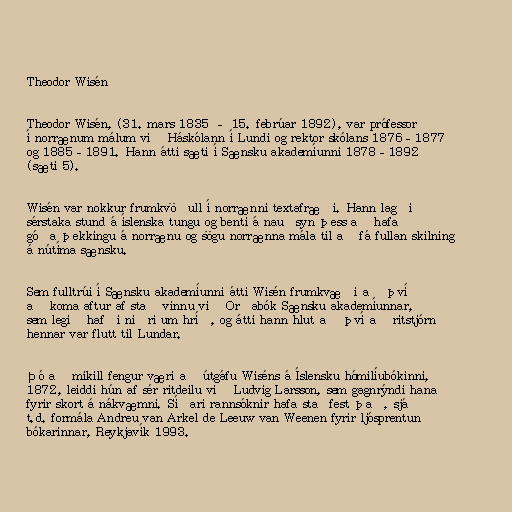
Theodor Wisén

Theodor Wisén, (31. mars 1835 – 15. febrúar 1892), var prófessor
í norrænum málum við Háskólann í Lundi og rektor skólans 1876–1877
og 1885–1891. Hann átti sæti í Sænsku akademíunni 1878–1892
(sæti 5).

Wisén var nokkur frumkvöðull í norrænni textafræði. Hann lagði
sérstaka stund á íslenska tungu og benti á nauðsyn þess að hafa
góða þekkingu á norrænu og sögu norrænna mála til að fá fullan skilning
á nútíma sænsku.

Sem fulltrúi í Sænsku akademíunni átti Wisén frumkvæði að því
að koma aftur af stað vinnu við Orðabók Sænsku akademíunnar,
sem legið hafði niðri um hríð, og átti hann hlut að því að ritstjórn
hennar var flutt til Lundar.

Þó að mikill fengur væri að útgáfu Wiséns á Íslensku hómilíubókinni,
1872, leiddi hún af sér ritdeilu við Ludvig Larsson, sem gagnrýndi hana
fyrir skort á nákvæmni. Síðari rannsóknir hafa staðfest það, sjá
t.d. formála Andreu van Arkel de Leeuw van Weenen fyrir ljósprentun
bókarinnar, Reykjavík 1993.